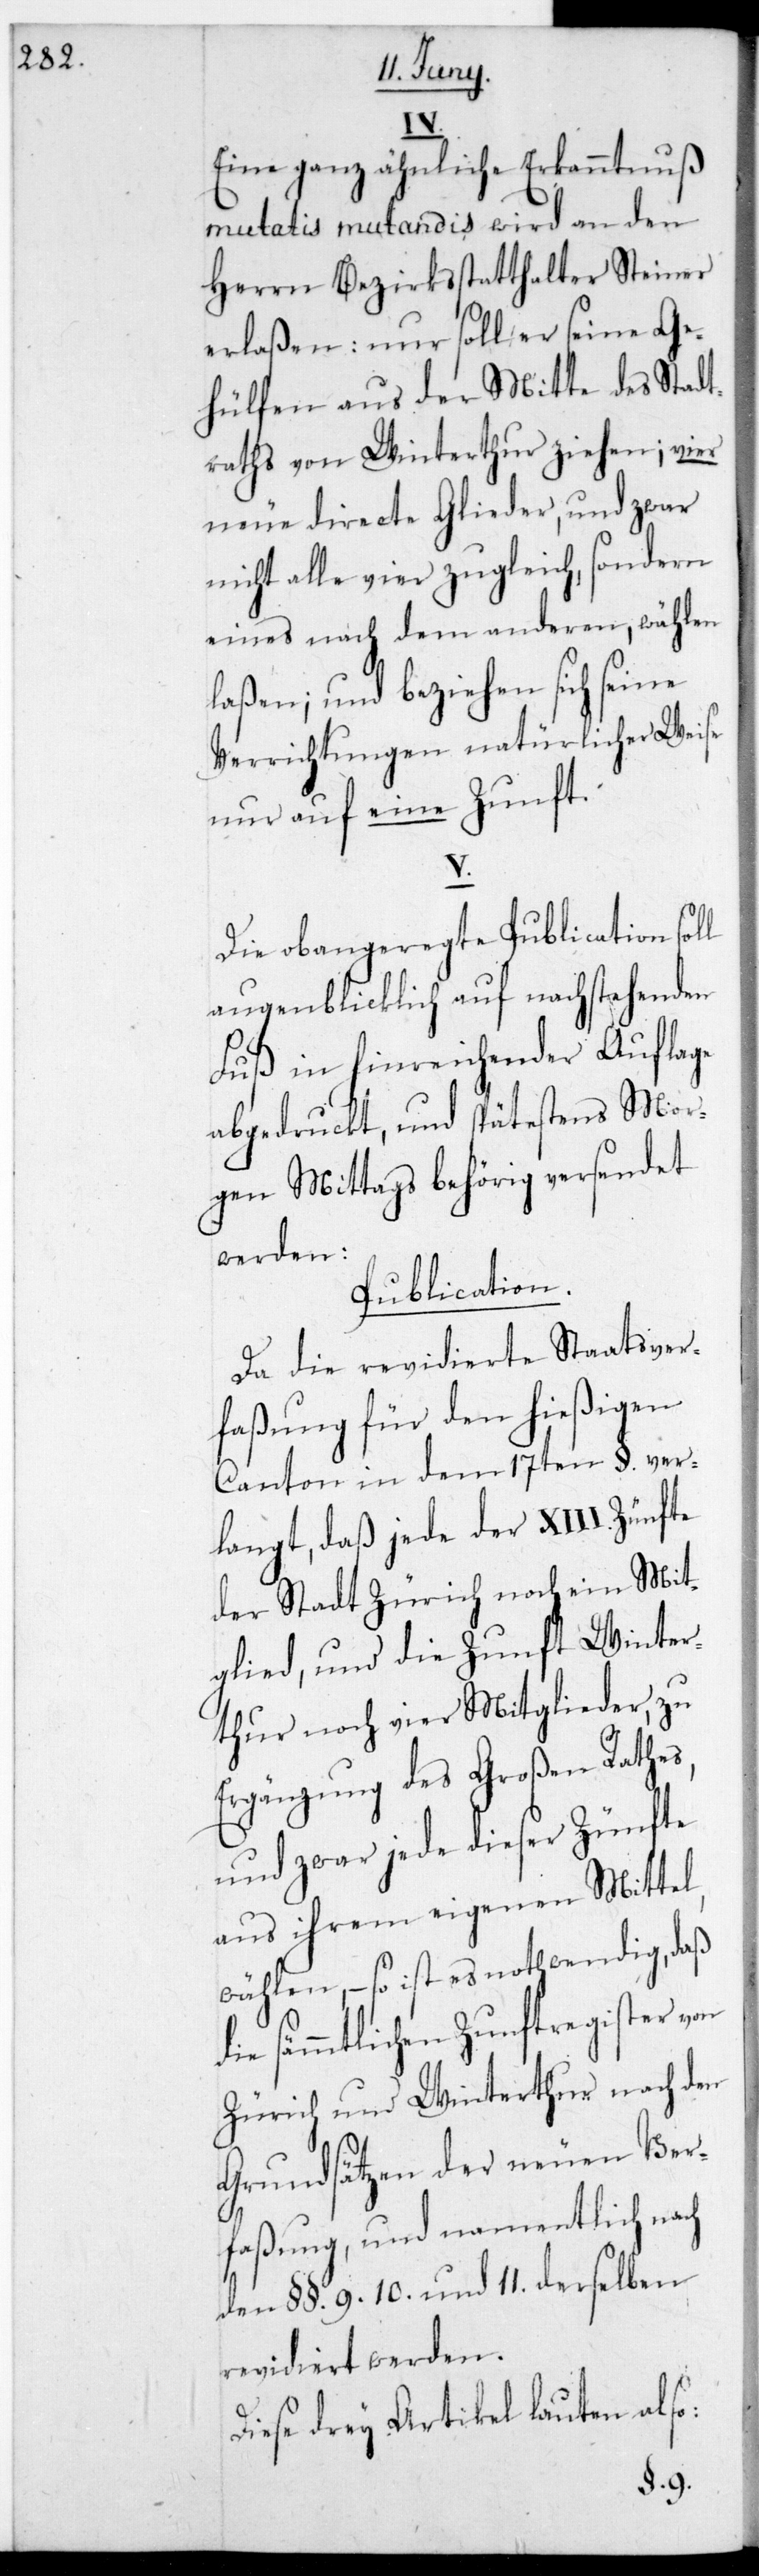
d¬
Eine ganz ähnliche Erkanntnuß
mutatis mutandis wird an den
Herrn Bezirksstatthalter Steiner
erlaßen: Nur soll er seine Ge¬
hülfen aus der Mitte des Stadt¬
raths von Winterthur ziehen; vier
neue directe Glieder, und zwar
nicht alle vier zugleich, sondern
eines nach dem anderen, wählen
laßen; und beziehen sich seine
Verrichtungen natürlicher Weise
nur auf eine Zunft.
V.
Die obangeregte Publication soll
augenblicklich auf nachstehenden
Fuß in hinreichender Auflage
abgedruckt, und spätestens mor¬
gen Mittags behörig versendet
werden:
Publication.
Da die revidierte Staatsver¬
faßung für den hießigen
Canton in dem 17ten §. ver¬
langt, daß jede der XIII. Zünfte
der Stadt Zürich noch ein Mit¬
glied, und die Zunft Winter¬
thur noch vier Mitglieder, zu
Ergänzung des Großen Rates,
und zwar jede dieser Zünfte
aus ihrem eigenen Mittel,
wählen, – so ist es nothwendig, daß
ie sämmtlichen Zunftregister von
Zürich und Winterthur nach den
Grundsätzen der neuen Ver¬
faßung, und namentlich nach
den §§. 9. 10. und 11. derselben
revidiert werden.
Diese drey Artikel lauten also: